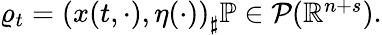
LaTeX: \begin{array}{r}{\varrho_{t}=\left(x(t,\cdot),\eta(\cdot)\right)_{\sharp}\mathbb P\in\mathcal P(\mathbb R^{n+s}).}\end{array}